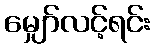
မျှော်လင့်ရင်း